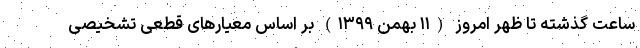
ساعت گذشته تا ظهر امروز (۱۱ بهمن ۱۳۹۹) بر اساس معیارهای قطعی تشخیصی